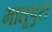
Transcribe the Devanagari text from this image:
भालूपुरा